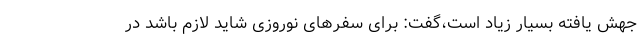
جهش یافته بسیار زیاد است،گفت: برای سفرهای نوروزی شاید لازم باشد در